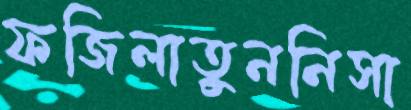
ফজিলাতুননিসা